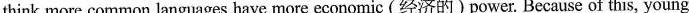
think more common languages have nmore economic(经济的)power. Because of this, young